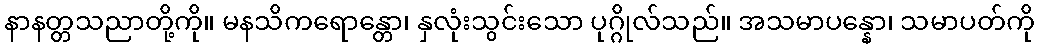
နာနတ္တသညာတို့ကို။ မနသိကရောန္တော၊ နှလုံးသွင်းသော ပုဂ္ဂိုလ်သည်။ အသမာပန္နော၊ သမာပတ်ကို